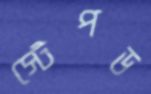
স্টেপড